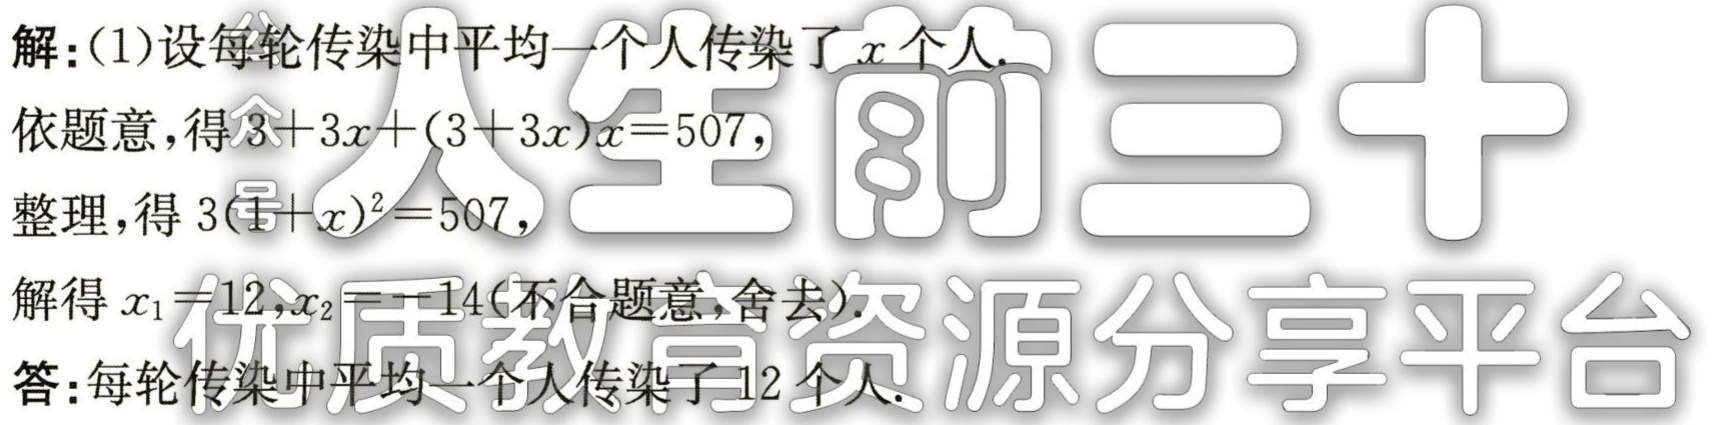
解：(1)设每轮传染中平均一个人传染了\(x\)个人.
依题意，得\(3 + 3x + (3 + 3x)x = 507\)，
整理，得\(3(1 + x)^{2} = 507\)，
解得\(x_{1} = 12\)，\(x_{2} = -14\)(不合题意，舍去).
答：每轮传染中平均一个人传染了\(12\)个人.